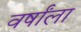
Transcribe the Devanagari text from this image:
वर्षांला